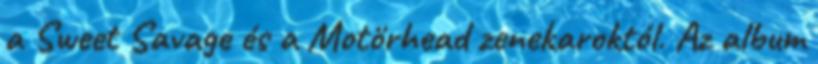
a Sweet Savage és a Motörhead zenekaroktól. Az album